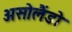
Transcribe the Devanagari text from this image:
असोलैंडो